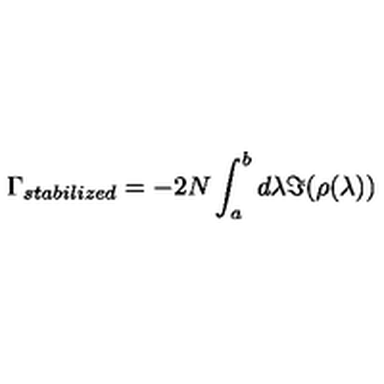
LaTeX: \Gamma _ { s t a b i l i z e d } = - 2 N \int _ { a } ^ { b } d \lambda \Im ( \rho ( \lambda ) )